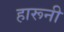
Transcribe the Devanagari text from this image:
हारूनी